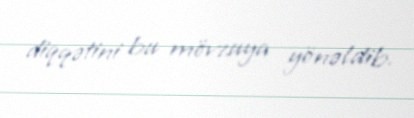
diqqətini bu mövzuya yönəldib.